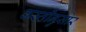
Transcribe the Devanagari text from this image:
वस्तीनुसार